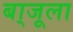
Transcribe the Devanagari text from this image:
बा्जूला